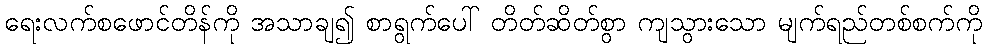
ရေးလက်စဖောင်တိန်ကို အသာချ၍ စာရွက်ပေါ် တိတ်ဆိတ်စွာ ကျသွားသော မျက်ရည်တစ်စက်ကို